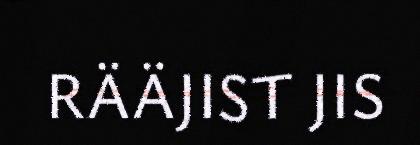
RÄÄJIST JIS